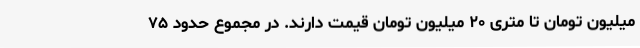
میلیون تومان تا متری ۲۰ میلیون تومان قیمت دارند. در مجموع حدود ۷۵